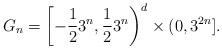
LaTeX: \begin{align*}G_{n}=\left[-\frac{1}{2}3^{n}, \frac{1}{2}3^{n}\right)^{d}\times (0, 3^{2n}].\end{align*}